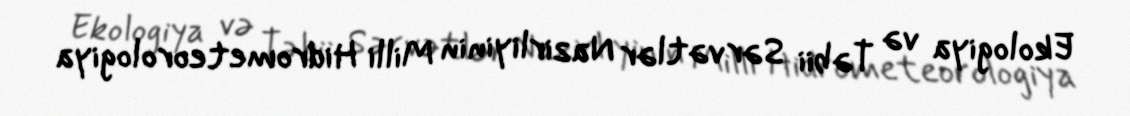
Ekologiya və Təbii Sərvətlər Nazirliyinin Milli Hidrometeorologiya